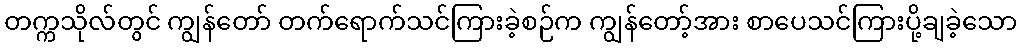
တက္ကသိုလ်တွင် ကျွန်တော် တက်ရောက်သင်ကြားခဲ့စဉ်က ကျွန်တော့်အား စာပေသင်ကြားပို့ချခဲ့သော